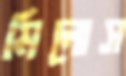
মিলোস